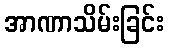
အာဏာသိမ်းခြင်း